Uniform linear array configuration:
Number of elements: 64
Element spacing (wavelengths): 1
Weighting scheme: hann
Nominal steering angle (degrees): -15
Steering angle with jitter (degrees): -14.602
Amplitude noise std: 0.05
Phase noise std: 0.05

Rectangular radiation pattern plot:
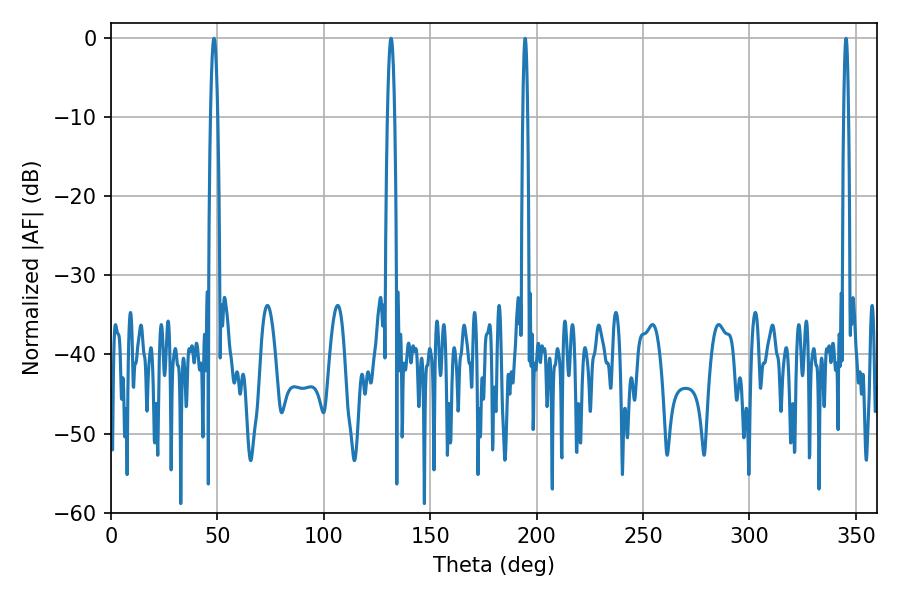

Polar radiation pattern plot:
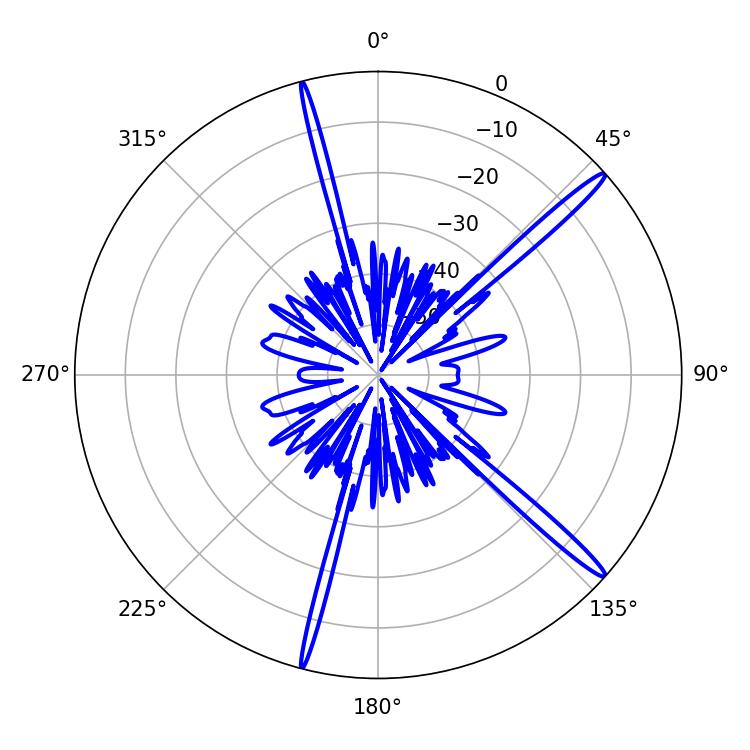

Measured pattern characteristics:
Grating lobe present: TRUE
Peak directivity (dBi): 16.844
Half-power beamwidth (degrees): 1.8
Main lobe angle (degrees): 48.42